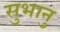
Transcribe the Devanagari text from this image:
सुभानु